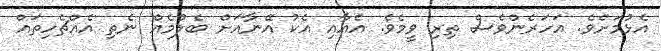
އެޅުމަށެވެ. އަހަރެންވެސް ތިރި ވީމެވެ. އެއާއި އެކު އޭނާއަށް ބެލުމެއް ނެތި އެއްޗެހިތައް